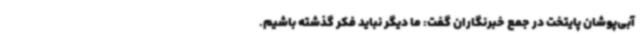
آبی‌پوشان پایتخت در جمع خبرنگاران گفت: ما دیگر نباید فکر گذشته باشیم.